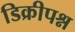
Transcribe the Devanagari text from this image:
डिक्रीपश्न